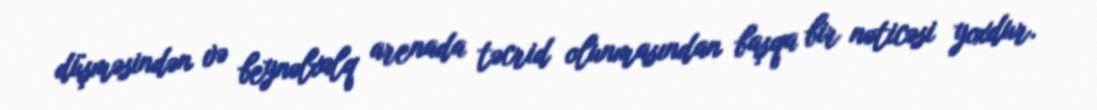
düşməsindən və beynəlxalq arenada təcrid olunmasından başqa bir nəticəsi yoxdur.